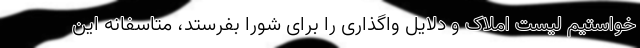
خواستیم لیست املاک و دلایل واگذاری را برای شورا بفرستد، متاسفانه این